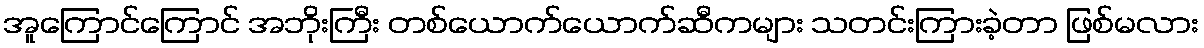
အူကြောင်ကြောင် အဘိုးကြီး တစ်ယောက်ယောက်ဆီကများ သတင်းကြားခဲ့တာ ဖြစ်မလား